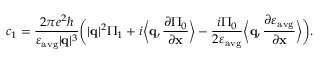
c _ { 1 } = \frac { 2 \pi e ^ { 2 } \hbar } { \varepsilon _ { \mathrm { a v g } } | \mathbf { q } | ^ { 3 } } \bigg ( | \mathbf { q } | ^ { 2 } \Pi _ { 1 } + i \bigg \langle \mathbf { q } , \frac { \partial \Pi _ { 0 } } { \partial \mathbf { x } } \bigg \rangle - \frac { i \Pi _ { 0 } } { 2 \varepsilon _ { \mathrm { a v g } } } \bigg \langle \mathbf { q } , \frac { \partial \varepsilon _ { \mathrm { a v g } } } { \partial \mathbf { x } } \bigg \rangle \bigg ) .